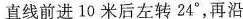
直线前进10米后左转24^\circ，再沿